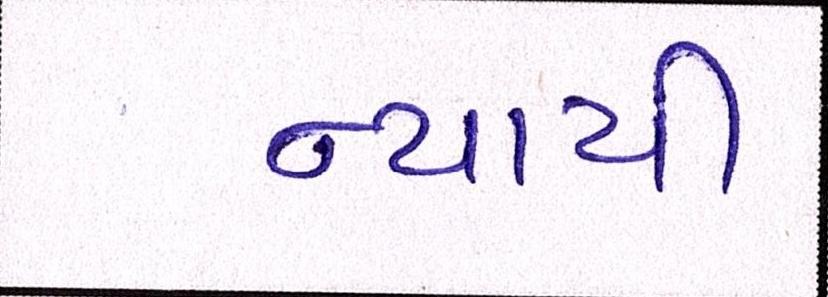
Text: ન્યાયી